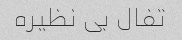
تفال بی نظیره